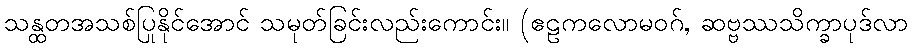
သန္ထတအသစ်ပြုနိုင်အောင် သမုတ်ခြင်းလည်းကောင်း။ (ဧဠကလောမဝဂ်, ဆဗ္ဗဿသိက္ခာပုဒ်လာ